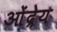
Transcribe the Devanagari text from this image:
ओंद्रेय